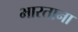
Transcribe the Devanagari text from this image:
भारताना